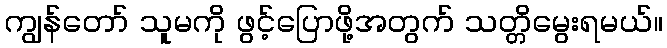
ကျွန်တော် သူမကို ဖွင့်ပြောဖို့အတွက် သတ္တိမွေးရမယ်။